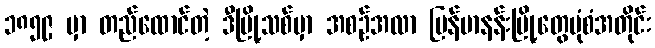
၁၈၅၉ မှာ တည်ထောင်တဲ့ ဒီမြို့သစ်မှာ အစဉ်အလာ မြန်မာနန်းမြို့တွေပုံစံအတိုင်း